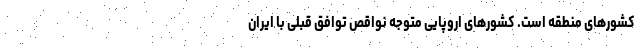
کشورهای منطقه است. کشورهای اروپایی متوجه نواقص توافق قبلی با ایران